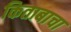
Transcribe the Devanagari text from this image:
किताबाचा